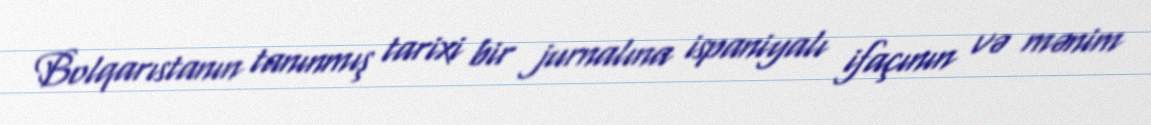
Bolqarıstanın tanınmış tarixi bir jurnalına ispaniyalı ifaçının və mənim